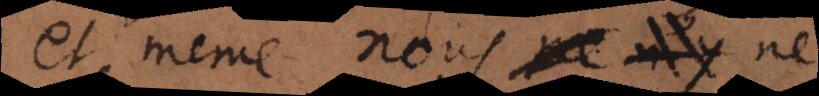
et même nous ne